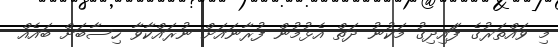
މި ވައްތަރުގެ ފަައިދިގު މަކުނު ދަތް އެޅުމުން ފުރާނައަށް ނުރައްކާވާ ހިސާބަށް ބައެއް